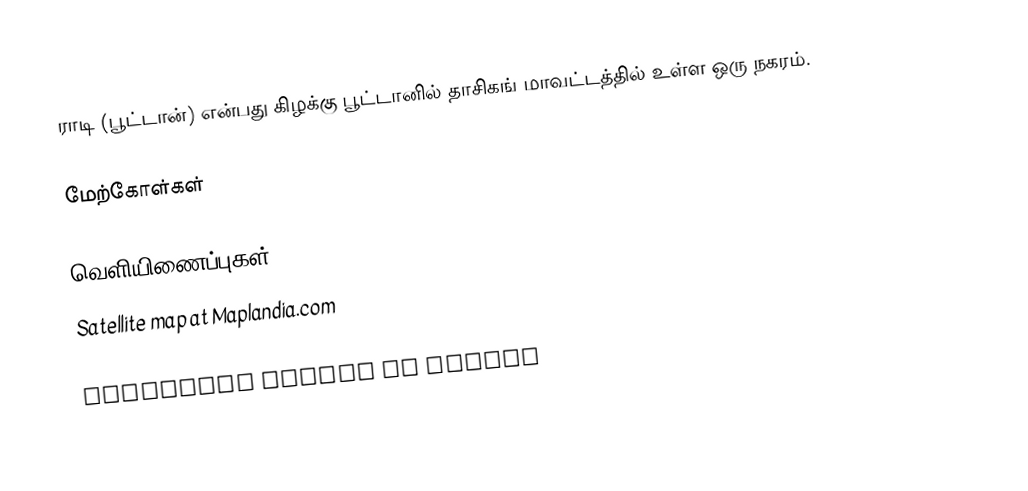
ராடி (பூட்டான்) என்பது கிழக்கு பூட்டானில் தாசிகங் மாவட்டத்தில் உள்ள ஒரு நகரம்.

மேற்கோள்கள்

வெளியிணைப்புகள்
Satellite map at Maplandia.com

Populated places in Bhutan